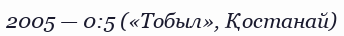
2005 — 0:5 («Тобыл», Қостанай)